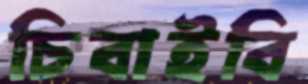
চিবাইবি